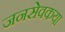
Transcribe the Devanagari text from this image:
जनसेवकया